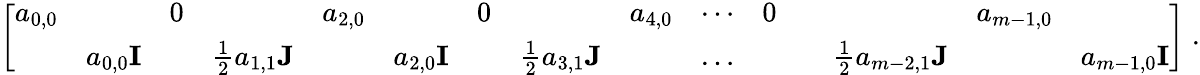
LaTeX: \begin{array}{r}{\left[\begin{array}{lllllllllllllll}{a_{0,0}}&&{0}&&{a_{2,0}}&&{0}&&{a_{4,0}}&{\cdots}&{0}&&&{a_{m-1,0}}&\\ &{a_{0,0}{\mathbf I}}&&{\frac{1}{2}a_{1,1}{\mathbf J}}&&{a_{2,0}{\mathbf I}}&&{\frac{1}{2}a_{3,1}{\mathbf J}}&&{\dots}&&&{\frac{1}{2}a_{m-2,1}{\mathbf J}}&&{a_{m-1,0}{\mathbf I}}\end{array}\right]\; .}\end{array}